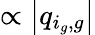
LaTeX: \propto\left|q_{i_{g},g}\right|